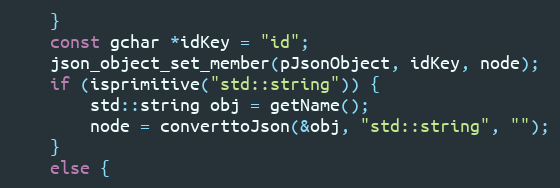
Language: C++
	}
	const gchar *idKey = "id";
	json_object_set_member(pJsonObject, idKey, node);
	if (isprimitive("std::string")) {
		std::string obj = getName();
		node = converttoJson(&obj, "std::string", "");
	}
	else {